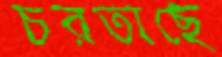
চরতাছে